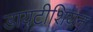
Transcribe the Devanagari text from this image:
डायटीशियन